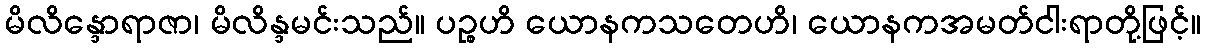
မိလိန္ဒောရာဇာ၊ မိလိန္ဒမင်းသည်။ ပဉ္စဟိ ယောနကသတေဟိ၊ ယောနကအမတ်ငါးရာတို့ဖြင့်။